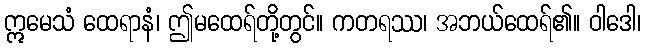
ဣမေသံ ထေရာနံ၊ ဤမထေရ်တို့တွင်။ ကတရဿ၊ အဘယ်ထေရ်၏။ ဝါဒေါ၊